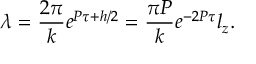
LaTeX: \lambda = \frac { 2 \pi } { k } e ^ { P \tau + h / 2 } = \frac { \pi P } { k } e ^ { - 2 P \tau } l _ { z } .